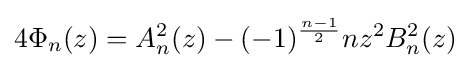
4\Phi _{n}(z)=A_{n}^{2}(z)-(-1)^{\frac {n-1}{2}}nz^{2}B_{n}^{2}(z)